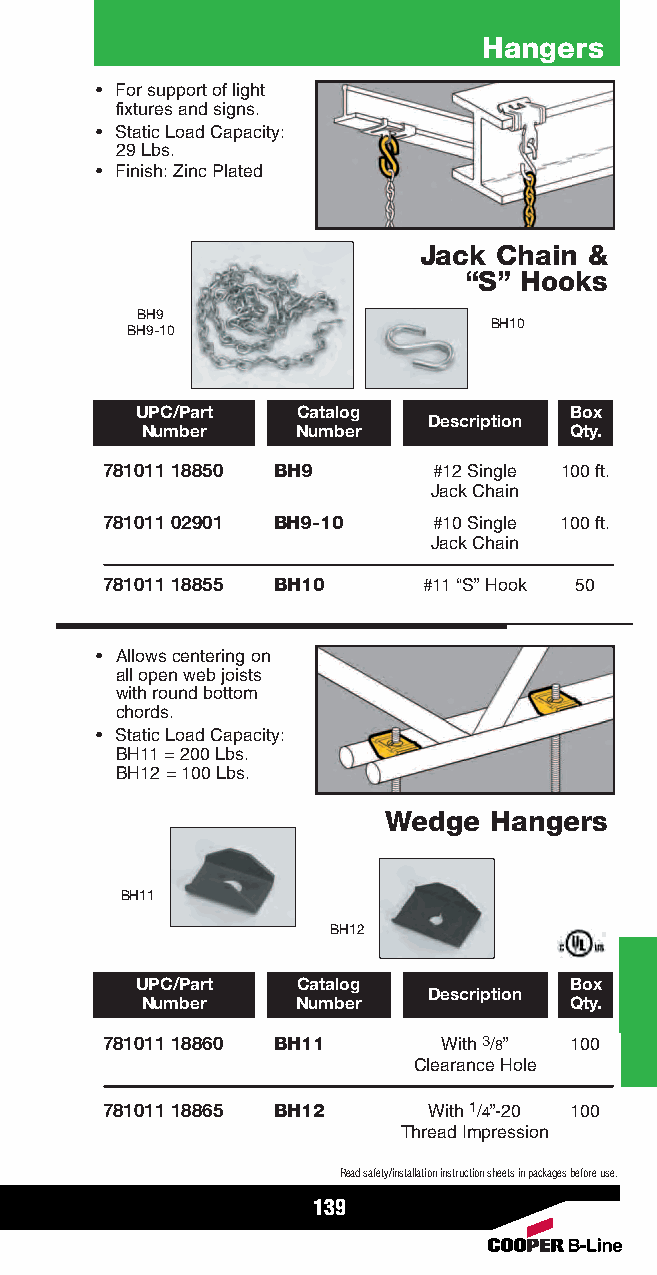
Hangers
 • For support of light
 fixtures and signs.
 • Static Load Capacity:
 29 Lbs.
 • Finish: Zinc Plated
 Jack Chain &
 “S” Hooks
 BH9
 BH10
 BH9-10
 UPC/Part   Catalog           Box
 Description
 Number     Number            Qty.
 781011 18850 BH9      #12 Single 100 ft.
 Jack Chain
 781011 02901 BH9-10   #10 Single 100 ft.
 Jack Chain
 781011 18855 BH10    #11 “S”Hook 50
 • Allows centering on
 all open web joists
 with round bottom
 chords.
 • Static Load Capacity:
 BH11 = 200 Lbs.
 BH12 = 100 Lbs.
 Wedge  Hangers
 BH11
 BH12
 UPC/Part   Catalog           Box
 Description
 Number     Number            Qty.
 781011 18860 BH11     With 3/8” 100
 Clearance Hole
 781011 18865 BH12    With 1/4”-20 100
 Thread Impression
 Read safety/installation instruction sheets in packages before use.
 139